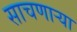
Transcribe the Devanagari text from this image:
साचणाऱ्या